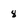
Character: 8